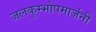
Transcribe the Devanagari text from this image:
जलकुम्भोपमार्जनी